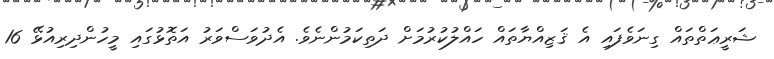
ޝަރީޢަތްތައް ގިނަވެފައި އެ ޤަޒިއްޔާތައް ހައްލުކުރުމަށް ދަތިކަމުންނެވެ. އެދުވަސްވަރު އަތޮޅުގައި މީހުންދިރިއުޅޭ 16